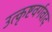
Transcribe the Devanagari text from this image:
उत्कृष्टवर्गवाद